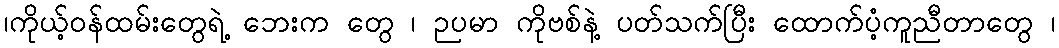
၊ကိုယ့်ဝန်ထမ်းတွေရဲ့ ဘေးက တွေ ၊ ဉပမာ ကိုဗစ်နဲ့ ပတ်သက်ပြီး ထောက်ပံ့ကူညီတာတွေ ၊